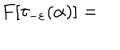
F [ \tau _ { - \varepsilon } ( \alpha ) ] =